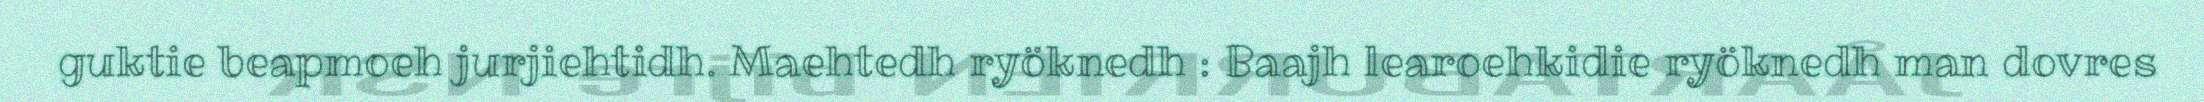
guktie beapmoeh jurjiehtidh. Maehtedh ryöknedh : Baajh learoehkidie ryöknedh man dovres